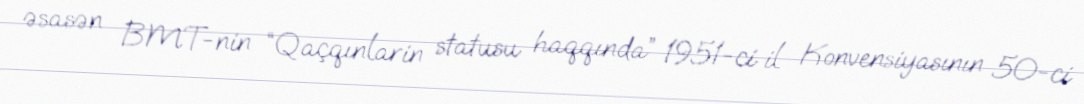
əsasən BMT-nin “Qaçqınlarin statusu haqqında” 1951-ci il Konvensiyasının 50-ci